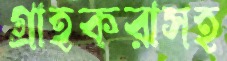
গ্রাহকরাসহ